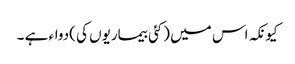
کیونکہ اس میں (کئی بیماریوں کی )دواء ہے ۔